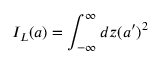
I _ { L } ( a ) = \int _ { - \infty } ^ { \infty } d z ( a ^ { \prime } ) ^ { 2 }